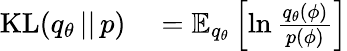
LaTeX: \begin{array}{rl}{\textrm{KL}(q_{\theta}\, ||\, p)}&{{}=\mathbb{E}_{q_{\theta}}\left[\ln\frac{q_{\theta}(\phi)}{p(\phi)}\right]}\end{array}